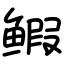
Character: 𫚥